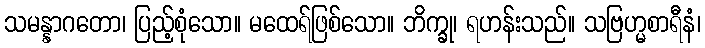
သမန္နာဂတော၊ ပြည့်စုံသော။ မထေရ်ဖြစ်သော။ ဘိက္ခု၊ ရဟန်းသည်။ သဗြဟ္မစာရီနံ၊